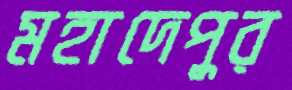
মহাদেপুর